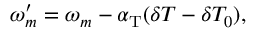
\omega _ { m } ^ { \prime } = \omega _ { m } - \alpha _ { \mathrm { T } } ( \delta T - \delta T _ { 0 } ) ,